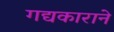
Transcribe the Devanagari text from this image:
गद्यकाराने